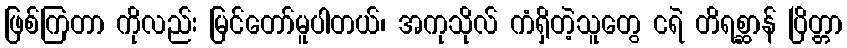
ဖြစ်ကြတာ ကိုလည်း မြင်တော်မူပါတယ်၊ အကုသိုလ် ကံရှိတဲ့သူတွေ ငရဲ တိရစ္ဆာန် ပြိတ္တာ